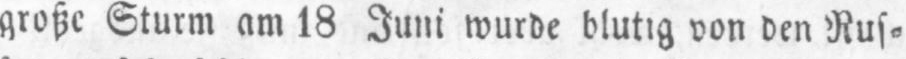
große Sturm am 18 Juni wurde blutig von den Rus⸗